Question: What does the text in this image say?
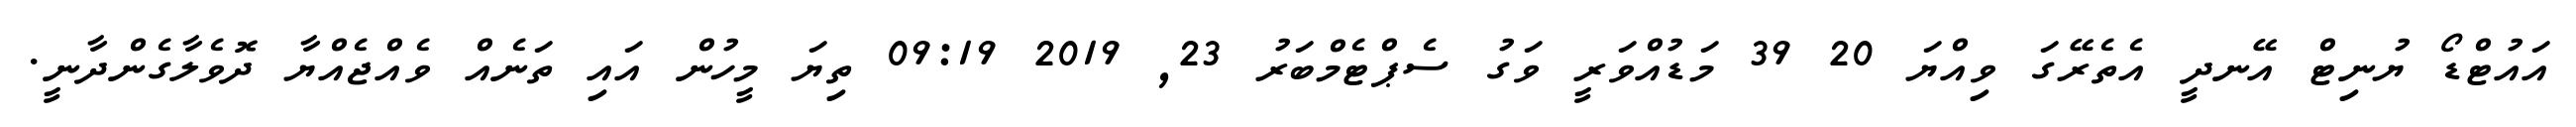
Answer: އައުޓްޑޯ ޔުނިޓް އޭނދީ އެތެރޭގަ ވިއްޔަ 20 39 މަޑުއްވަރީ ވަގު ސެޕްޓެމްބަރު 23, 2019 09:19 ތިޔަ މީހުން އައި ތަނެއް ވެއްޖެއްޔާ ދޮވެލާގެންދާނީ.